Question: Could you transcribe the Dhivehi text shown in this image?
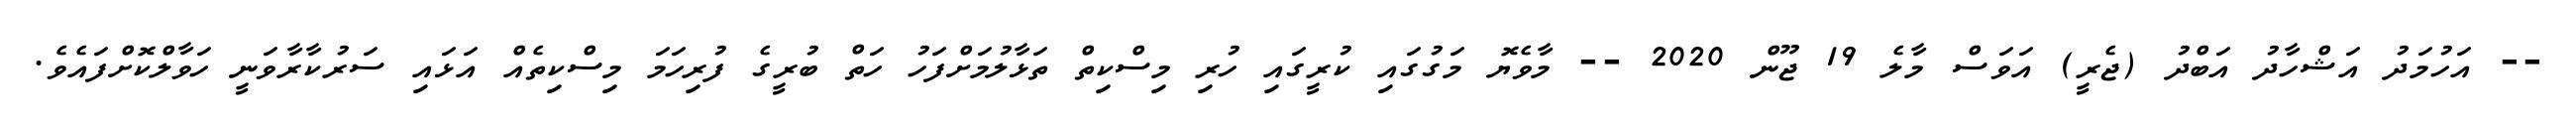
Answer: -- އަހުމަދު އަޝްހާދު އަބްދު (ޖެރީ) އަވަސް މާލެ 19 ޖޫން 2020 -- މާވެޔޮ މަގުގައި ކުރީގައި ހުރި މިސްކިތް ތަޅާލުމަށްފަހު ހަތް ބުރީގެ ފުރިހަމަ މިސްކިތެއް އަޅައި ސަރުކާރާވަނީ ހަވާލްކޮށްފައެވެ.